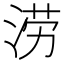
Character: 涝